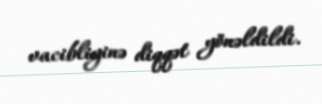
vacibliyinə diqqət yönəldildi.